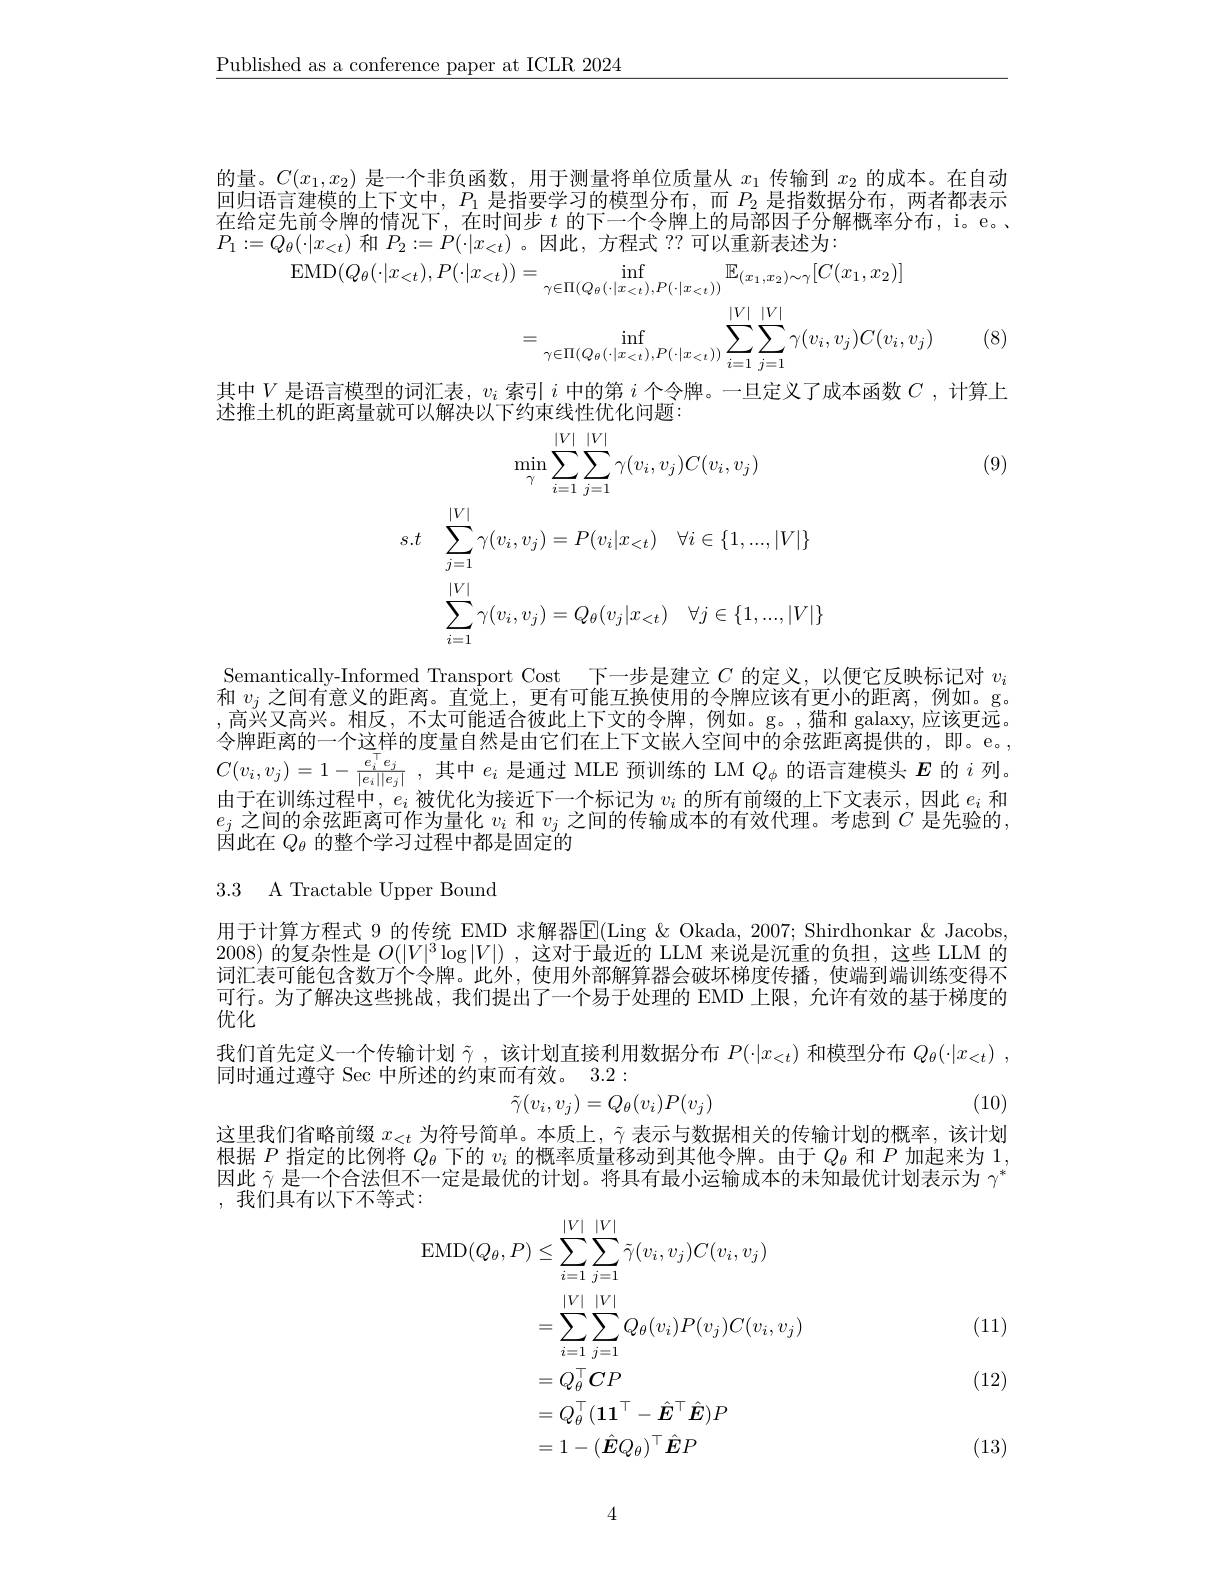
$\underline{\text{Published as a conference paper at ICLR 2024}}$

的量。$C(x_1,x_2)$是一个非负函数，用于测量将单位质量从$x_1$传输到$x_2$的成本。在自动回归语言律模的上下文中。$P_1$是指要学习的植型分布。而$P_2$是指数据分布。两者都表示在给定先前令牌的情况下，在时间步$t$的下一个令牌上的局部因子分解概率分布，i。e。、 $P_{1}:=Q_{\theta}(\cdot|x_{<t})$和$P_2:=P(\cdot|x_{<t})$ 。因此，方程式 ?? 可以重新表述为：

EMD$(Q_\theta(\cdot|x_{<t}),P(\cdot|x_{<t}))=$
$$\begin{aligned}&=\inf_{\gamma\in\Pi(Q_{\theta}(\cdot|x_{<t}),P(\cdot|x_{<t}))}\mathbb{E}_{(x_{1},x_{2})\sim\gamma}[C(x_{1},x_{2})]\\&=\inf_{\gamma\in\Pi(Q_{\theta}(\cdot|x_{<t}),P(\cdot|x_{<t}))}\sum_{i=1}^{|V|}\sum_{j=1}^{|V|}\gamma(v_{i},v_{j})C(v_{i},v_{j})\end{aligned}$$
(8)

其中$V$是语言模型的词汇表，$v_i$索引$i$中的第$i$个令牌。一旦定义了成本函数$C$ ,计算上
述推土机的距离量就可以解决以下约束线性优化问题：
$$\begin{aligned}&\text{几可以样以以| 到不以上以几时必}\\&\operatorname*{min}_{\gamma}\sum_{i=1}^{|V|}\sum_{j=1}^{|V|}\gamma(v_{i},v_{j})C(v_{i},v_{j})\\s.t&\sum_{j=1}^{|V|}\gamma(v_{i},v_{j})=P(v_{i}|x_{<t})\quad\forall i\in\{1,...,|V|\}\\&\sum_{i=1}^{|V|}\gamma(v_{i},v_{j})=Q_{\theta}(v_{j}|x_{<t})\quad\forall j\in\{1,...,|V|\}\end{aligned}$$
(9)

Semantically-Informed Transport Cost 下一步是建立$C$的定义，以便它反映标记对$v_i$ 1$v_i$之间有意义的距离。自觉上，史有可能中换便用的今牌应该有史小的距离.例如。g $,\dot{\text{高兴又高兴。相反}}$,不太可能适合彼此上下文的令牌，例如。g。,猫和 galaxy,应该更远。令牌距离的一个这样的度量自然是由它们在上下文嵌人空间中的余弦距离提供的，即。e。, $C( v_i, v_j) = 1- \frac {e_i^\top e_j}{| e_i| | e_j| }$ ,其中$e_i$是通过 MLE 预训练的 LM $Q_\phi$的语言建模头$E$的$i$列。由于在训练过程中，$e_i$被优化为接近下一个标记为$v_i$的所有前缀的上下文表示，因此$e_i$和$e_j$之间的余弦距离可作为量化$v_i$和$v_j$之间的传输成本的有效代理。考虑到$C$是先验的， 因此在$Q_\theta$的整个学习过程中都是固定的

3.3 A Tractable Upper Bound

用于计算方程式 9 的传统 EMD 求解器$\overline{\mathrm{E}}($Ling &Okada, 2007; Shirdhonkar &Jacobs, 2008)的复杂性是$O(|V|^3\log|V|)$,这对于最近的 LLM 来说是沉重的负担，这些 LLM 的问》表可能问含数 力个分牌。此外，使用外部解算器会破坏裙皮传播。使端到端训练变得不可行。为了解决这些挑战，我们提出了一个易于处理的 EMD 上限，允许有效的基于梯度的优化
我们首先定义一个传输计划$\tilde{\gamma}$ ,该计划直接利用数据分布$P(\cdot|x_{<t})$和模型分布$Q_\theta ( \cdot | x_{< t})$ ,
同时通过遵守 Sec 中所述的约束而有效。3.2:
(10)
$$\tilde{\gamma}(v_i,v_j)=Q_\theta(v_i)P(v_j)$$
这里我们省略前缀$x_{<t}$为符号简单。本质上，$\tilde{\gamma}$表示与数据相关的传输计划的概率，该计划根据$P$指定的比例将$Q_\theta$下的$v_i$的概率质量移动到其他令牌。由于$Q_{\theta}$和$P$加起来为 1, 因此$\tilde{\gamma}$是一个合法但不一定是最优的计划。将具有最小运输成本的末知最优计划表示为$\gamma^*$ ,我们具有以下不等式：

(11)
$$\begin{aligned}\operatorname{EMD}(Q_{\theta},P)&\leq\sum_{i=1}^{|V|}\sum_{j=1}^{|V|}\tilde{\gamma}(v_{i},v_{j})C(v_{i},v_{j})\\&=\sum_{i=1}^{|V|}\sum_{j=1}^{|V|}Q_{\theta}(v_{i})P(v_{j})C(v_{i},v_{j})\\&=Q_{\theta}^{\top}\boldsymbol{C}P\\&=Q_{\theta}^{\top}(\mathbf{1}\mathbf{1}^{\top}-\hat{\boldsymbol{E}}^{\top}\hat{\boldsymbol{E}})P\\&=1-(\hat{\boldsymbol{E}}Q_{\theta})^{\top}\hat{\boldsymbol{E}}P\end{aligned}$$
(12)

(13)

4